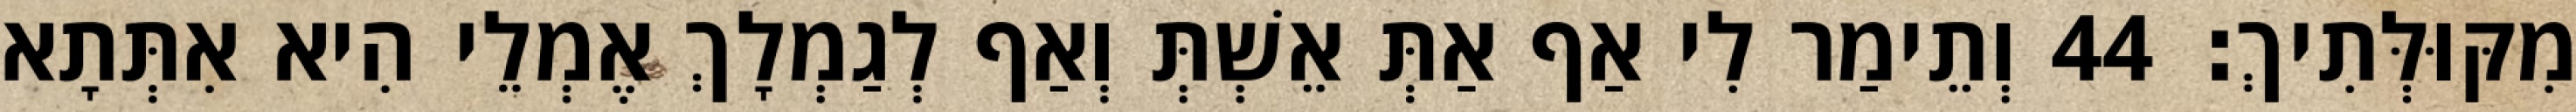
מִקּוּלְּתִיךְ׃ 44 וְתֵימַר לִי אַף אַתְּ אֵשְׁתְּ וְאַף לְגַמְלָךְ אֶמְלֵי הִיא אִתְּתָא